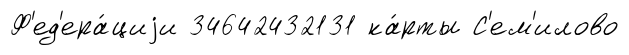
Ф'ед'ера́циjи 34642432131 ка́рты С'ем'илово